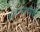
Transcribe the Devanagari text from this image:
मांडण्याचीही